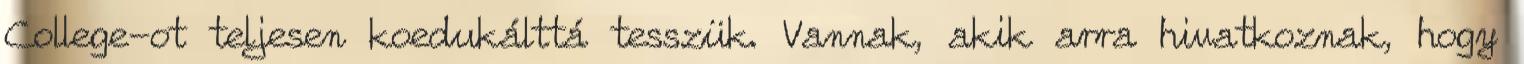
College-ot teljesen koedukálttá tesszük. Vannak, akik arra hivatkoznak, hogy